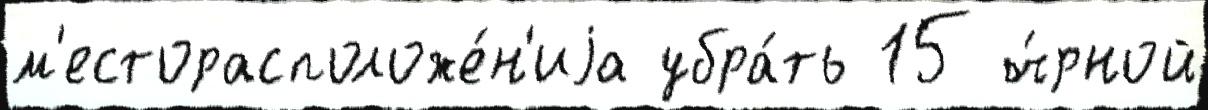
м'есторасположе́н'иjа убра́ть 15 ч́рной